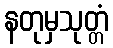
နတုမှသုတ္တံ